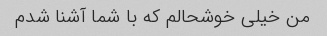
من خیلی خوشحالم که با شما آشنا شدم